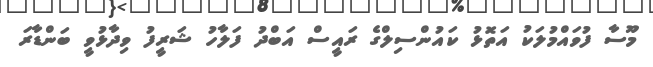
މޫސާ ފުވައްމުލަކު އަތޮޅު ކައުންސިލްގެ ރައީސް އަބްދު ފަލާހު ޝަރީފު ވިދާޅުވީ ބަންޑާރަ